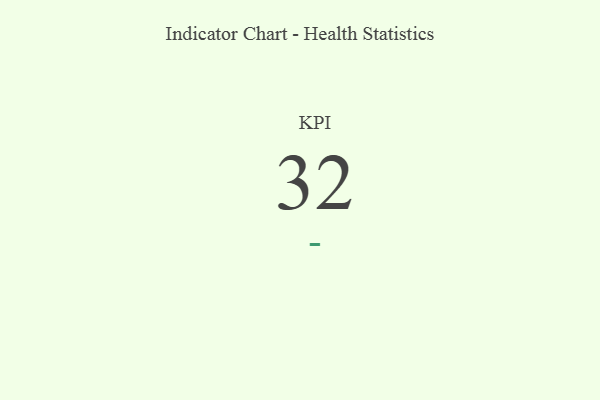
{"axis": {"x": "KPI", "y": "Value"}, "legend": [""], "data": [{"x": "KPI", "y": 32, "type": ""}]}